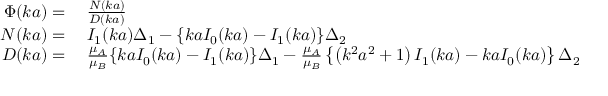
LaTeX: \begin{array} { r l } { \Phi ( k a ) = { } } & { { } { \frac { N ( k a ) } { D ( k a ) } } } \\ { N ( k a ) = { } } & { { } I _ { 1 } ( k a ) \Delta _ { 1 } - \{ k a I _ { 0 } ( k a ) - I _ { 1 } ( k a ) \} \Delta _ { 2 } } \\ { D ( k a ) = { } } & { { } { \frac { \mu _ { A } } { \mu _ { B } } } \{ k a I _ { 0 } ( k a ) - I _ { 1 } ( k a ) \} \Delta _ { 1 } - { \frac { \mu _ { A } } { \mu _ { B } } } \left\{ \left( k ^ { 2 } a ^ { 2 } + 1 \right) I _ { 1 } ( k a ) - k a I _ { 0 } ( k a ) \right\} \Delta _ { 2 } } \end{array}